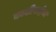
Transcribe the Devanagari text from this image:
काशीबाईंचा